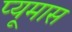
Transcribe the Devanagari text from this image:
प्यूमास